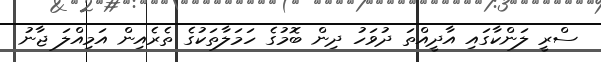
ސްރީ ލަންކާގައި އާދީއްތަ ދުވަހު ދިން ބޮމުގެ ހަމަލާތަކުގެ ތެރެއިން އަމިއްލަ ޖާނު